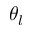
\theta _ { l }